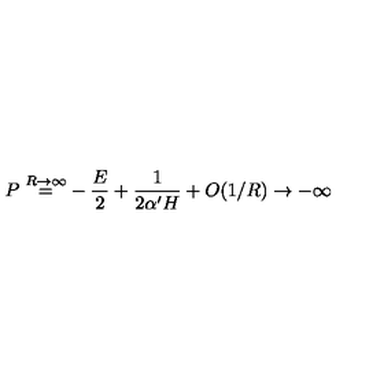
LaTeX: \frac { P \buildrel { R \to \infty } } { = - { \frac { E } { 2 } } + { \frac { 1 } { 2 \alpha ^ { \prime } H } } + O ( 1 / R ) \to - \infty }